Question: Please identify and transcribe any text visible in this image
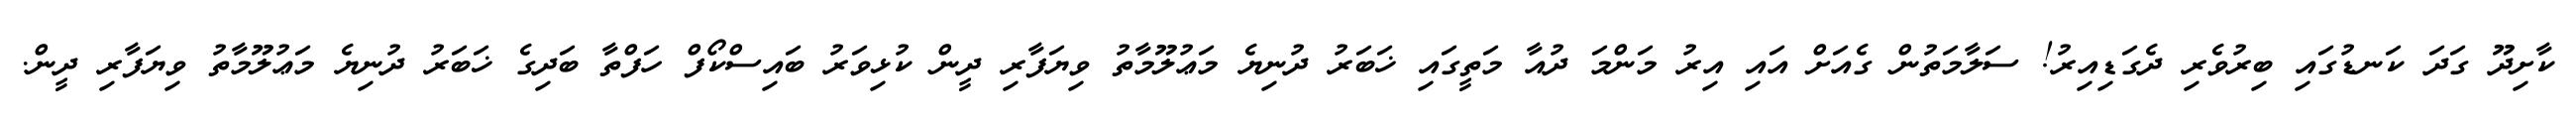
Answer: ކާށިދޫ ގަދަ ކަނޑުގައި ބިރުވެރި ދެގަޑިއިރު! ސަލާމަތުން ގެއަށް އައި އިރު މަންމަ ދުއާ މަތީގައި ޚަބަރު ދުނިޔެ މަޢުލޫމާތު ވިޔަފާރި ދީން ކުޅިވަރު ބައިސްކޯފް ހަފްތާ ބަދިގެ ޚަބަރު ދުނިޔެ މަޢުލޫމާތު ވިޔަފާރި ދީން.